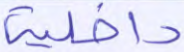
داخلية